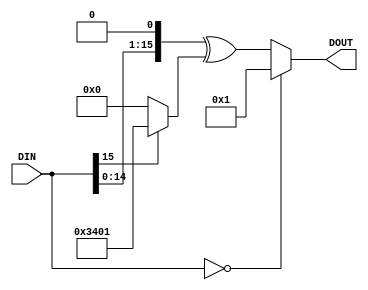
module lfsr32x2 (
 input  [15:0] DIN,
 output [15:0] DOUT);

assign DOUT = DIN == 16'd0
            ? 16'd1
            :   { DIN[14:0], 1'b0 }
              ^ ( DIN[15] ? 16'h3401 : 16'd0 );

endmodule